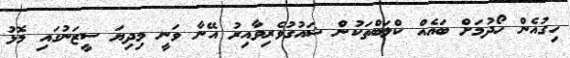
ހިގުއެން ހޯދުމަށް ބައެއް ކްލަބްތަކުން ޝައުގުވެރިވާއިރު އޭނާ ވަނީ މިދިޔަ ސީޒަނުގައި މޮޅު